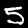
Label: 5